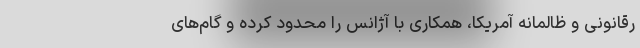
رقانونی و ظالمانه آمریکا، همکاری با آژانس را محدود کرده و گام‌های